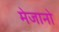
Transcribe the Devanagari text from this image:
मेजानो